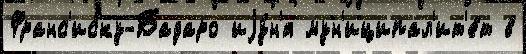
Франс'иску-Бадаро иjу́н'я мун'иципал'ит'е́т в